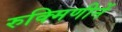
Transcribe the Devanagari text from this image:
रुक्मिणीनें